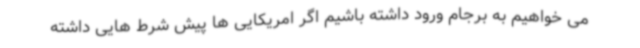
می خواهیم به برجام ورود داشته باشیم اگر امریکایی ها پیش شرط هایی داشته